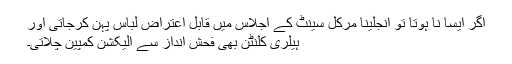
اگر ایسا نا ہوتا تو انجلینا مرکل سینٹ کے اجلاس میں قابل اعتراض لباس پہن کرجاتی اور
ہیلری کلنٹن بھی فحش انداز سے الیکشن کمپین چلاتی۔